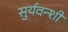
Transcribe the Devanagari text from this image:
सुर्यवन्शी